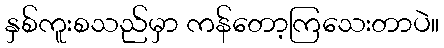
နှစ်ကူးစသည်မှာ ကန်တော့ကြသေးတာပဲ။